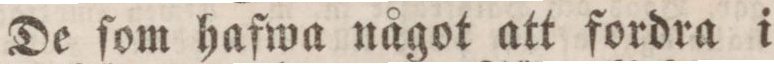
De ſom hafwa något att fordra i